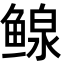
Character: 鳈